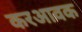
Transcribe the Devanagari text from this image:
करआवक